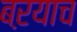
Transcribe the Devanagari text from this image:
बऱयाच